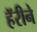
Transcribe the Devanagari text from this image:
हॅरीने